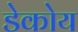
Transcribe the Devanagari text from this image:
डेकोय